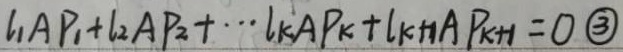
\(l_{1}\overrightarrow{AP_{1}} + l_{2}\overrightarrow{AP_{2}} + \cdots + l_{k}\overrightarrow{AP_{k}} + l_{k + 1}\overrightarrow{AP_{k + 1}} = 0 \textcircled{3}\)